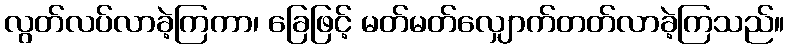
လွတ်လပ်လာခဲ့ကြကာ၊ ခြေဖြင့် မတ်မတ်လျှောက်တတ်လာခဲ့ကြသည်။